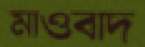
মাওবাদ